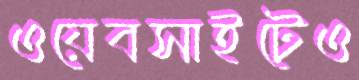
ওয়েবসাইটেও